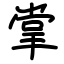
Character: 掌